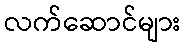
လက်ဆောင်များ